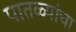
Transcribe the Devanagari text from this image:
पातळ्यांचा